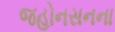
જહોનસનના